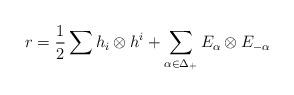
LaTeX: \begin{align*}r=\frac{1}{2} \sum h_i\otimes h^i+\sum_{\alpha\in\Delta_+}E_{\alpha}\otimes E_{-\alpha}\end{align*}